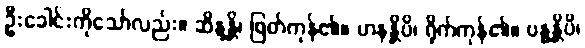
ဦးခေါင်းကိုသော်လည်း။ ဆိန္ဒန္တိ၊ ဖြတ်ကုန်၏။ ဟနန္တိပိ၊ ရိုက်ကုန်၏။ ဗန္ဓန္တိပိ၊